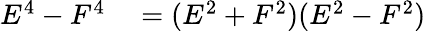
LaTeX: \begin{array}{rl}{E^{4}-F^{4}}&{{}=(E^{2}+F^{2})(E^{2}-F^{2})}\end{array}